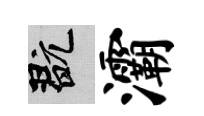
玩灞